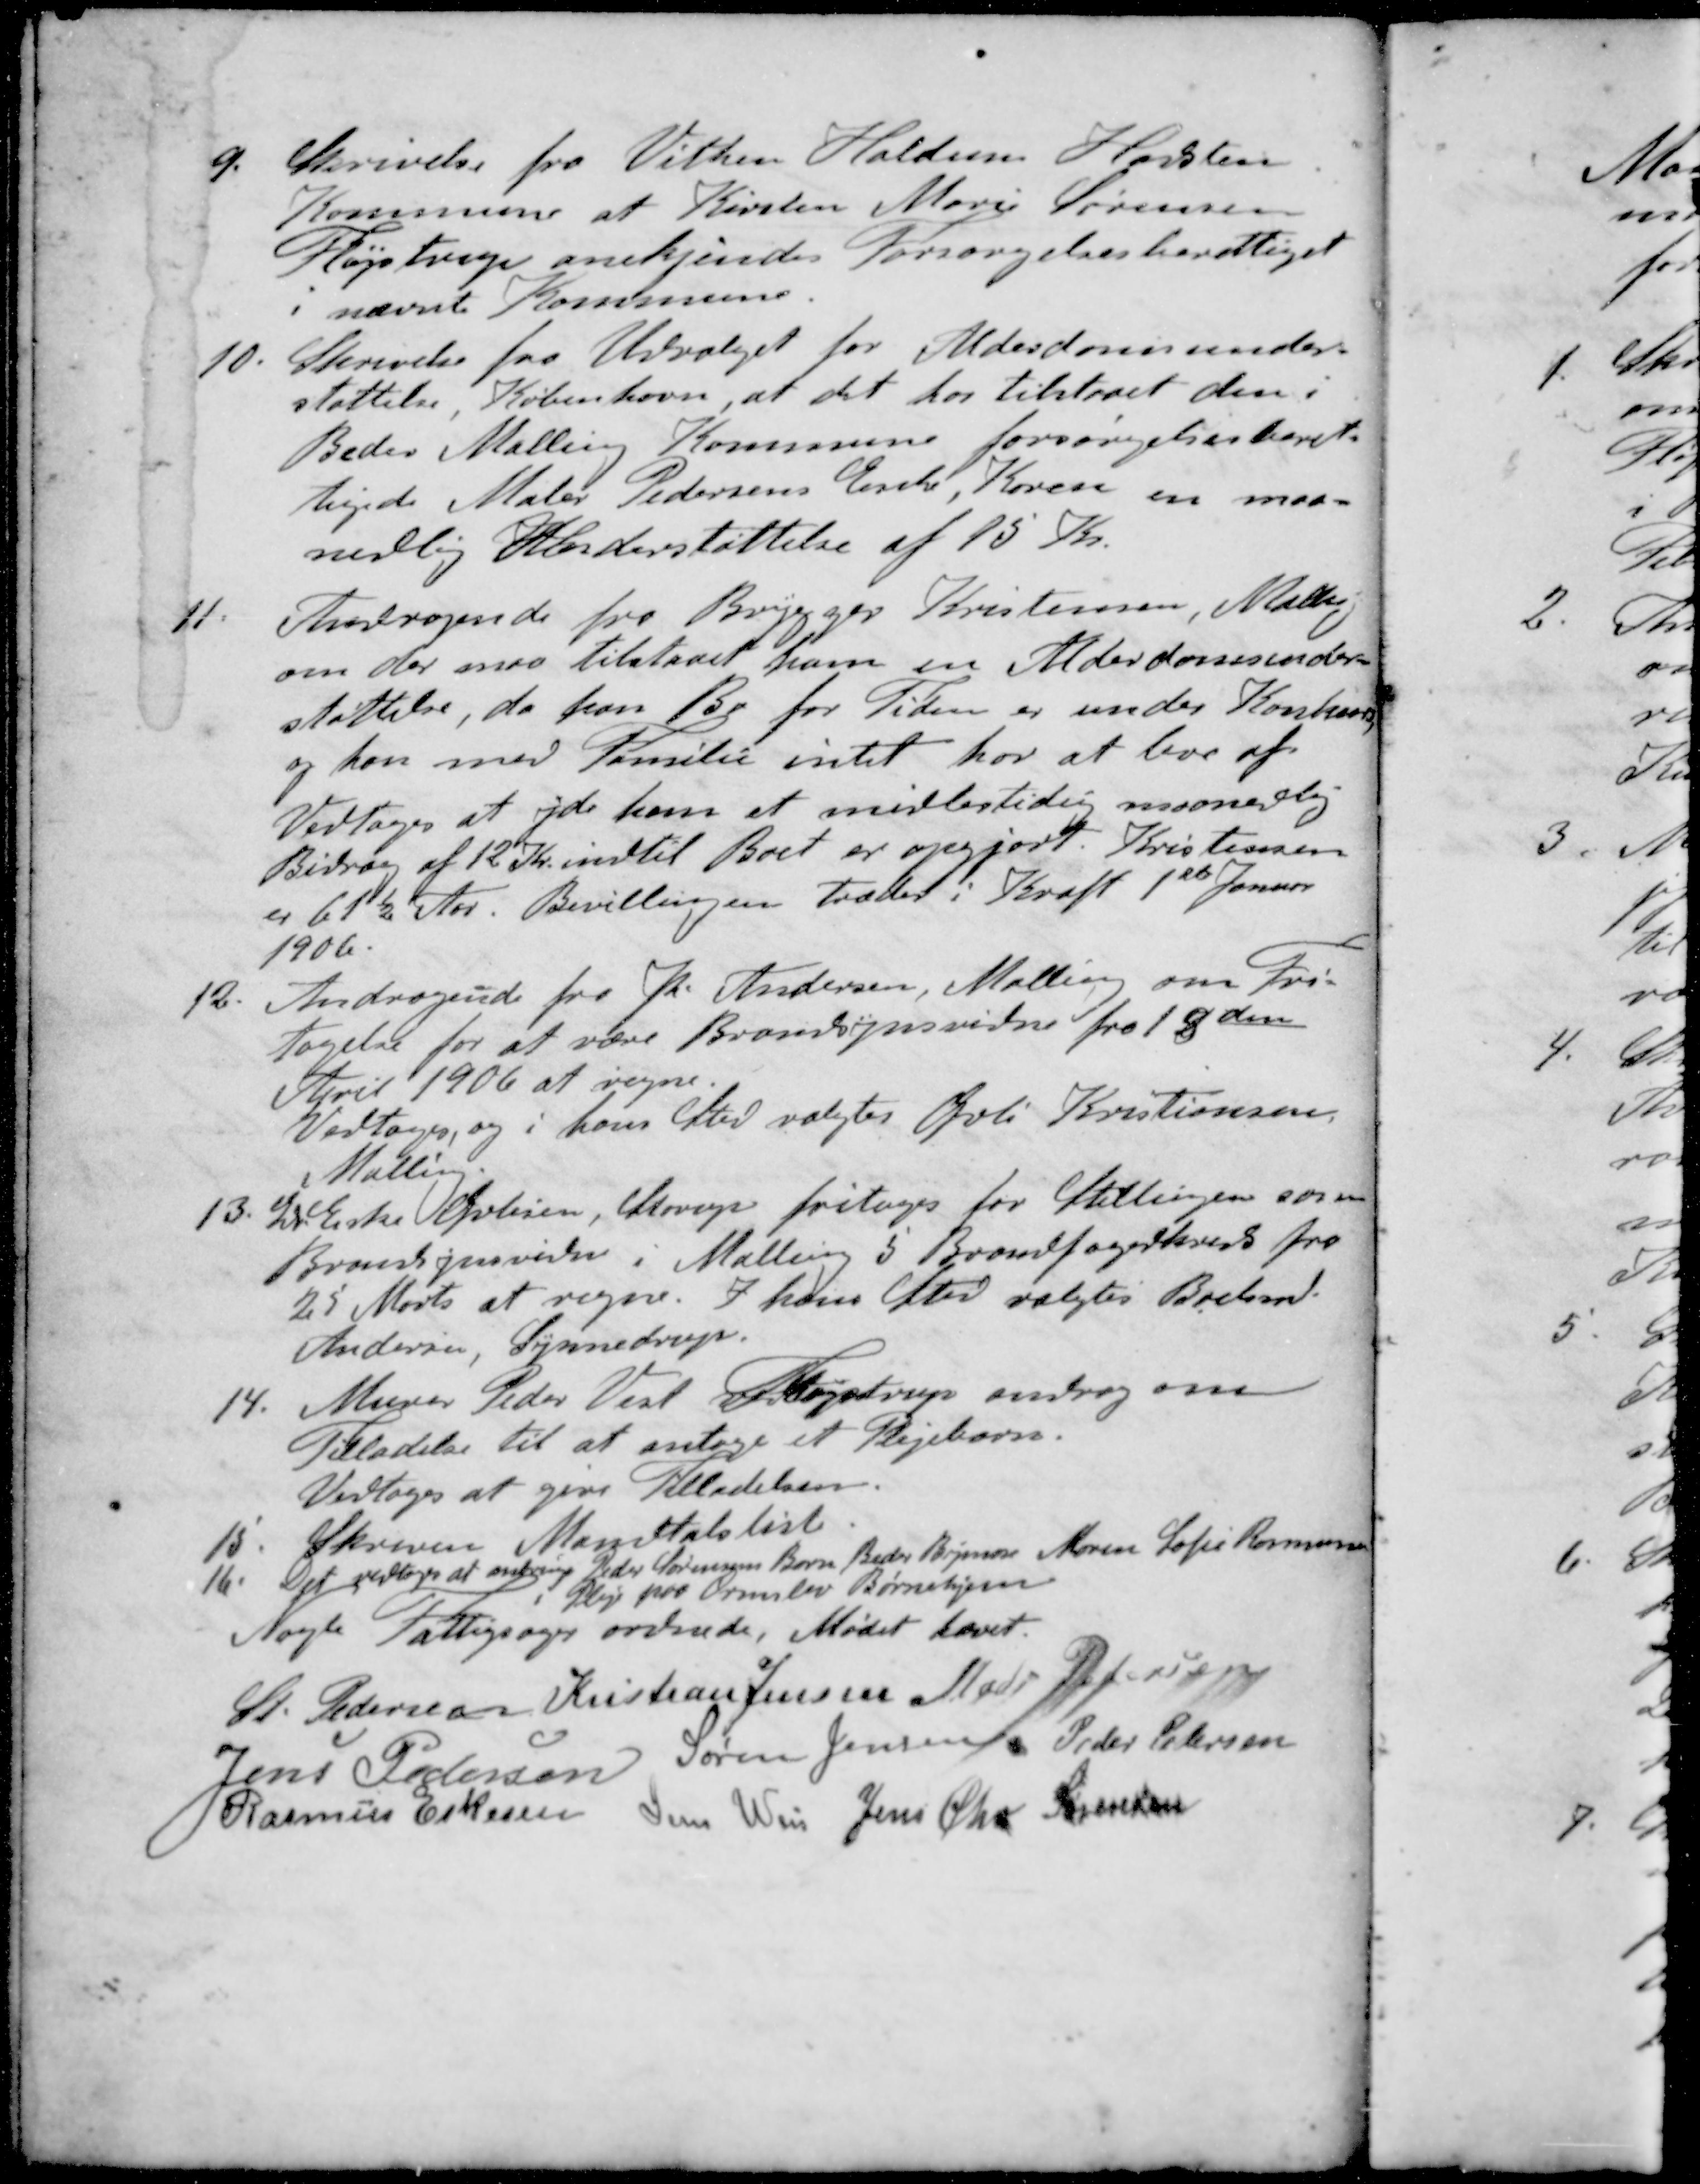
Transskription:
9. Skrivelse fra Vithen Haldum Hadsten
Kommune at Kirsten Marie Sørensen
Fløjstrup anekjendes Forsørgelsesberettiget
i nævnte Kommune.
10. Skrivelse fra Udvalget for Alderdomsunder-
støttelse, København, at det har tilstaaet den i
Beder Malling Kommune forsørgelsesberet-
tigede Maler Pedersens Enke, Karen en maa-
nedlig Understøttelse af 15 Kr.
11. Andragende fra Brygger Kristensen, Malling
om der maa tilstaaes ham en Alderdomsunder-
støttelse, da hans Bo for Tiden er under Konkurs
og han med Familie intet har at leve af
Vedtoges at yde ham et midlertidig maanedlig
Bidrag af 12 Kr. indtil Boet er opgjort. Kristensen
er 61½ Aar. Bevillingen trædet i Kraft 1ste Januar
1906.
12. Andragende fra J Andersen, Malling om Fri-
tagelse for at være Brandsynsvidne fra 18den
April 1906 at regne.
Vedtoges, og i hans Sted valgtes Øvli Kristiansen
Malling
13. Gdr Eske Øvlisen, Starup fritages for Stillingen som
Brandsynsvidne i Malling 5 Brandfogedkreds fra
25 Marts at regne. I hans Sted valgtes Boelsmd
Andersen, Synnedrup.
14. Murer Peder Vest Fløjstrup androg om
Tilladelse til at antage et Plejebarn.
Vedtoges at give Tilladelsen.
15. Skreven Mandtalsliste
16. Det vedtoges at anbringe Peder Sørensens Barn Beder Bymose Maren Sofie Rasmusen
i Pleje paa Ormslev Børnehjem
Nogle Fattigsager ordnede. Mødet hævet.
St Pedersen
Kristian Jensen
Mads Pedersen
Jens Pedersen
Søren Jensen
Peder Pedersen
Rasmus Eskesen
Jens Weis
Jens Chr Sørensen